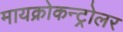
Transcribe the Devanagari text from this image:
मायक्रोकन्ट्रोलर